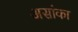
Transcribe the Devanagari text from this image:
असांका